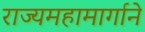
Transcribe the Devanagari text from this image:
राज्यमहामार्गाने